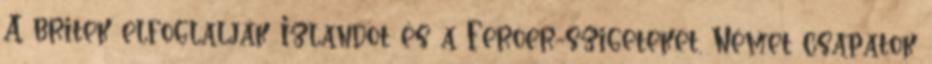
A britek elfoglalják Izlandot és a Feröer-szigeteket. Német csapatok